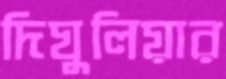
দিঘুলিয়ার